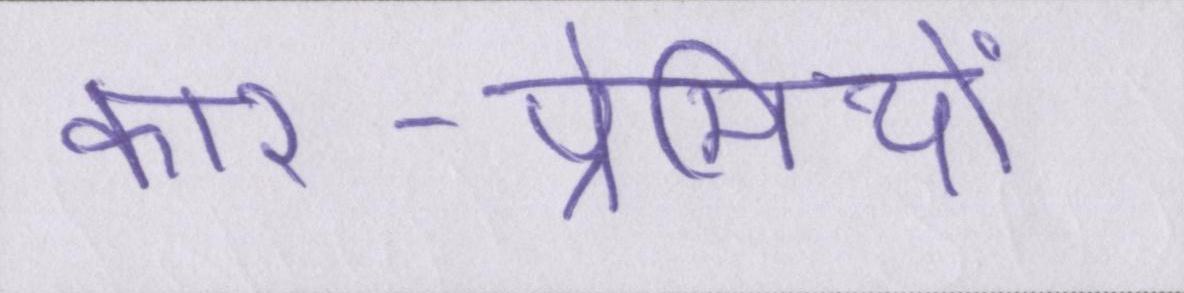
कार-प्रेमियों